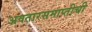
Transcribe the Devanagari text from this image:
अवतारसमाप्तीची